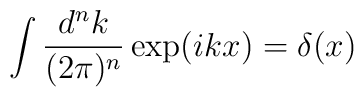
\int \frac{d^nk}{(2\pi)^n} \exp(ikx)=\delta(x)